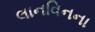
લાનવિનના